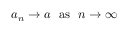
a _ { n } \to a \ \ { \mathrm { a s } } \ \ n \to \infty